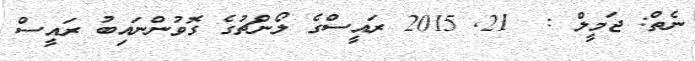
ނެތް: ޖަމީލް :  21